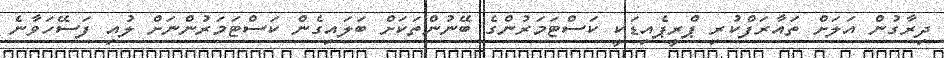
ދިރާގުން އަލަށް ތައާރަފްކުރި ޕްރީޕެއިޑަކީ ކަސްޓަމަރުންގެ ބޭނުންތަކަށް ބަލައިގެން ކަސްޓަމަރުންނަށް ލުއި ފަސޭހަވާނެ